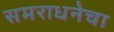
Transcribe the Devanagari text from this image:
समराधनेचा